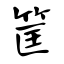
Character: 筐